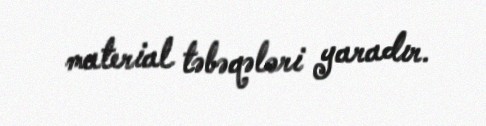
material təbəqələri yaradır.